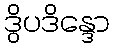
ဒွိပဒိန္ဒော